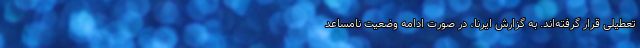
تعطیلی قرار گرفته‌اند. به گزارش ایرنا، در صورت ادامه وضعیت نامساعد